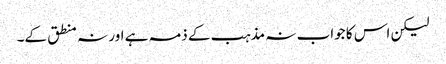
لیکن اس کا جواب نہ مذہب کے ذمہ ہے اور نہ منطق کے۔